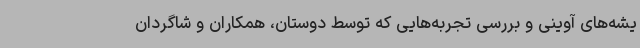
یشه‌های آوینی و بررسی تجربه‌هایی که توسط دوستان، همکاران و شاگردان